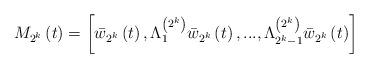
LaTeX: \begin{align*}M_{2^{k}}\left( t\right) =\left[ \bar{w}_{2^{k}}\left( t\right) ,\Lambda_{1}^{\left( 2^{k}\right) }\bar{w}_{2^{k}}\left( t\right) ,...,\Lambda_{2^{k}-1}^{\left( 2^{k}\right) }\bar{w}_{2^{k}}\left( t\right) \right] \end{align*}